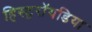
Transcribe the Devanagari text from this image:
हिस्ट्ररॉयडिया